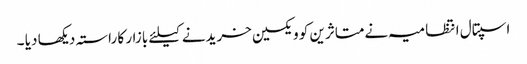
اسپتال انتظامیہ نےمتاثرین کو ویکسین خریدنے کیلئے بازار کا راستہ دیکھا دیا ۔